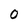
Character: 0